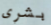
بشرى